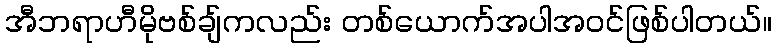
အီဘရာဟီမိုဗစ်ချ်ကလည်း တစ်ယောက်အပါအဝင်ဖြစ်ပါတယ်။